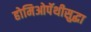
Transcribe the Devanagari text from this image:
होमिओपॅथीसुद्धा